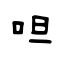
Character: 呾